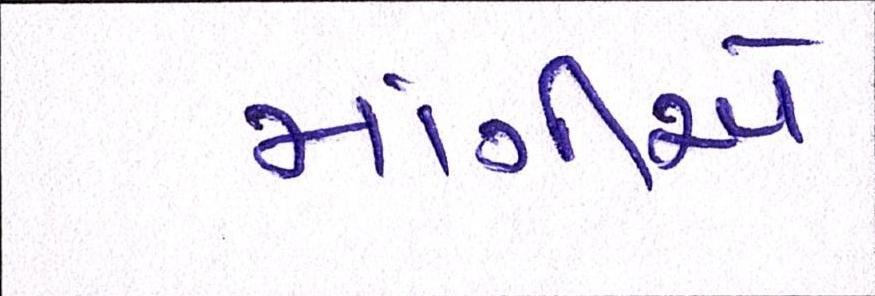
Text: માંગીએ